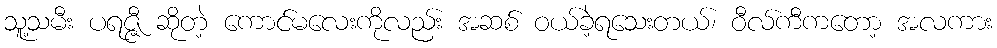
သူ့သမီး ပရဇ္ဇီ ဆိုတဲ့ ကောင်မလေးကိုလည်း အဆစ် ဝယ်ခဲ့ရသေးတယ်၊ ဝီလ်ကီကတော့ အလကား